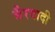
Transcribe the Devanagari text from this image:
भैरवादी